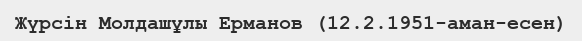
Жүрсін Молдашұлы Ерманов (12.2.1951-аман-есен)